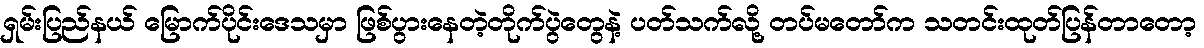
ရှမ်းပြည်နယ် မြောက်ပိုင်းဒေသမှာ ဖြစ်ပွားနေတဲ့တိုက်ပွဲတွေနဲ့ ပတ်သက်လို့ တပ်မတော်က သတင်းထုတ်ပြန်တာတော့